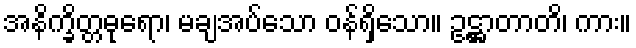
အနိက္ခိတ္တဓုရော၊ မချအပ်သော ဝန်ရှိသော။ ဥဋ္ဌာတာတိ၊ ကား။